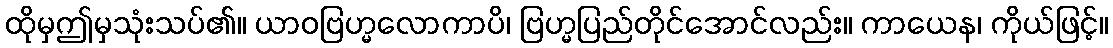
ထိုမှဤမှသုံးသပ်၏။ ယာဝဗြဟ္မလောကာပိ၊ ဗြဟ္မပြည်တိုင်အောင်လည်း။ ကာယေန၊ ကိုယ်ဖြင့်။